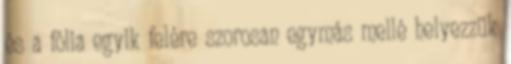
és a fólia egyik felére szorosan egymás mellé helyezzük